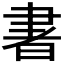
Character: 𰭽